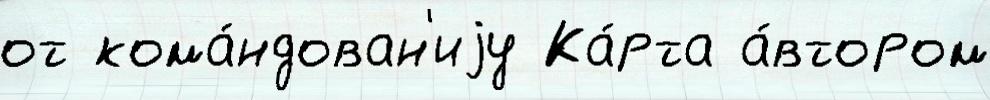
от кома́ндован'иjу Ка́рта а́втором